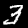
Label: 3